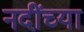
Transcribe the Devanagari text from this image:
नदींच्या